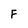
Character: F